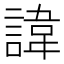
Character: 諱